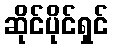
ဆိုင်ပိုင်ရှင်